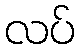
လပ်